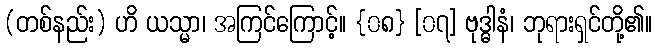
(တစ်နည်း) ဟိ ယသ္မာ၊ အကြင်ကြောင့်။ {၀၈} [၀၇] ဗုဒ္ဓါနံ၊ ဘုရားရှင်တို့၏။